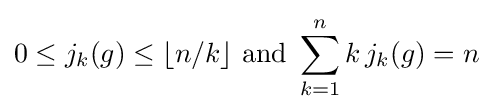
0\leq j_{k}(g)\leq \lfloor n/k\rfloor {\mbox{ and }}\sum _{k=1}^{n}k\,j_{k}(g)=n